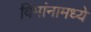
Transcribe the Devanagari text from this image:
विमांनामध्ये